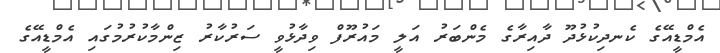
އެމްޑީއޭގެ ކެނދިކުޅުދޫ ދާއިރާގެ މެންބަރު އަލީ މައުރޫފް ވިދާޅުވީ ސަރުކާރު ޒިންމާކުރުމުގައި އެމްޑީއޭގެ